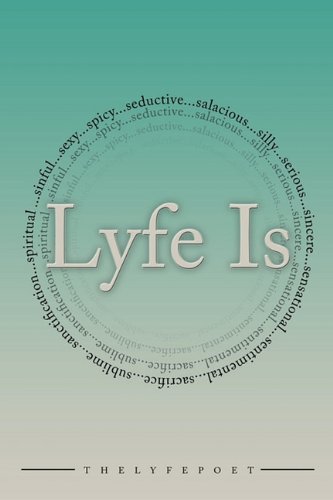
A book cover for Lyfe Is...; thelyfepoet; Romance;